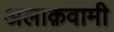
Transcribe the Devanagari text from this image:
अलाक़वामी